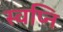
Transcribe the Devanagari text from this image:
स्वप्नि